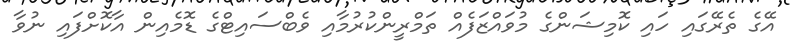
އޭގެ ތެރޭގައި ހައި ކޮމިޝަންގެ މުވައްޒަފެއް ތަމްރީންކުރުމާއި ވެބްސައިޓްގެ ޑޮމެއިން އާކޮށްފައި ނުވާ